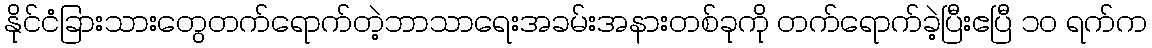
နိုင်ငံခြားသားတွေတက်ရောက်တဲ့ဘာသာရေးအခမ်းအနားတစ်ခုကို တက်ရောက်ခဲ့ပြီးဧပြီ ၁၀ ရက်က